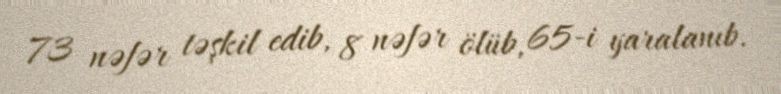
73 nəfər təşkil edib, 8 nəfər ölüb, 65-i yaralanıb.